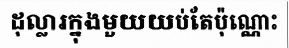
ដុល្លារក្នុងមួយយប់តែប៉ុណ្ណោះ